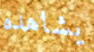
يشاهده